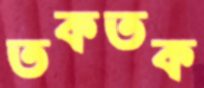
তকতক